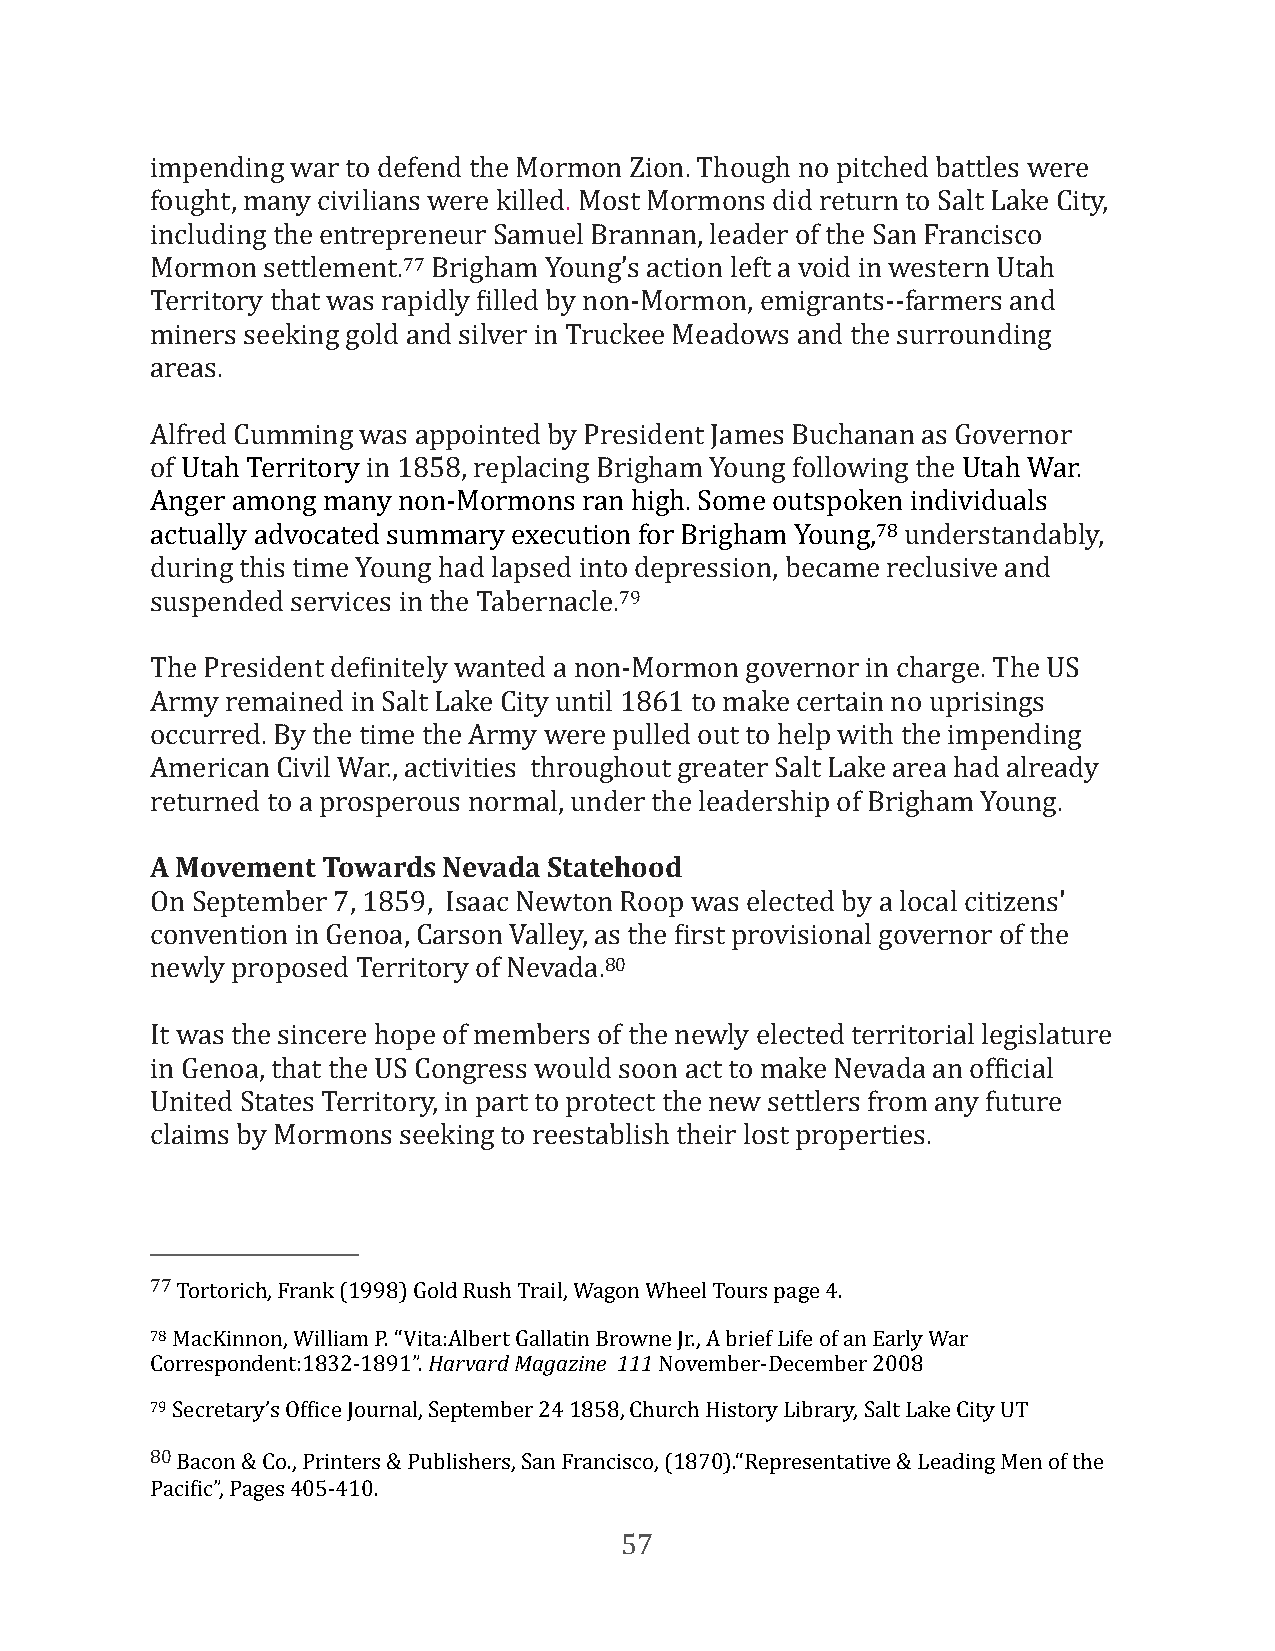
impending war to defend the Mormon Zion. Though no pitched battles were
 fought, many civilians were killed. Most Mormons did return to Salt Lake City,
 including the entrepreneur Samuel Brannan, leader of the San Francisco
 Mormon settlement.77 Brigham Young’s action left a void in western Utah
 Territory that was rapidly Filled by non-Mormon, emigrants--farmers and
 miners seeking gold and silver in Truckee Meadows and the surrounding
 areas.
 Alfred Cumming was appointed by President James Buchanan as Governor
 of Utah Territory in 1858, replacing Brigham Young following the Utah War.
 Anger among many non-Mormons ran high. Some outspoken individuals
 actually advocated summary execution for Brigham Young,78 understandably,
 during this time Young had lapsed into depression, became reclusive and
 suspended services in the Tabernacle.79
 The President deFinitely wanted a non-Mormon governor in charge. The US
 Army remained in Salt Lake City until 1861 to make certain no uprisings
 occurred. By the time the Army were pulled out to help with the impending
 American Civil War., activities throughout greater Salt Lake area had already
 returned to a prosperous normal, under the leadership of Brigham Young.
 A Movement Towards Nevada Statehood
 On September 7, 1859, Isaac Newton Roop was elected by a local citizens'
 convention in Genoa, Carson Valley, as the First provisional governor of the
 newly proposed Territory of Nevada.80
 It was the sincere hope of members of the newly elected territorial legislature
 in Genoa, that the US Congress would soon act to make Nevada an ofFicial
 United States Territory, in part to protect the new settlers from any future
 claims by Mormons seeking to reestablish their lost properties.
 77 Tortorich, Frank (1998) Gold Rush Trail, Wagon Wheel Tours page 4.
 78 MacKinnon, William P. “Vita:Albert Gallatin Browne Jr., A brief Life of an Early War
 Correspondent:1832-1891”. Harvard Magazine 111 November-December 2008
 79 Secretary’s OfFice Journal, September 24 1858, Church History Library, Salt Lake City UT
 80 Bacon & Co., Printers & Publishers, San Francisco, (1870).“Representative & Leading Men of the
 PaciFic”, Pages 405-410.
 57